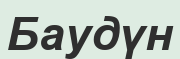
Баудүн